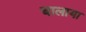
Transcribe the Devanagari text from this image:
चालाया